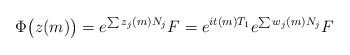
\begin{align*}\Phi \bigl( z(m) \bigr) = e^{\sum z_j(m) N_j} F = e^{i t(m) T_1} e^{\sum w_j(m) N_j} F\end{align*}